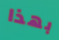
بهذا